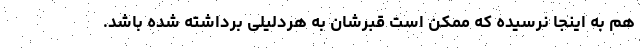
هم به اینجا نرسیده که ممکن است قبرشان به هردلیلی برداشته شده باشد.